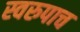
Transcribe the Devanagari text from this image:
स्वरुपाच